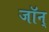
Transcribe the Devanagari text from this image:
जॉन्